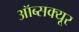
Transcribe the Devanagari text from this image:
ऑब्सक्यूर